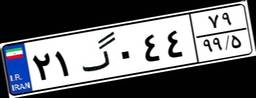
۲۱گ۰۴۴۷۹